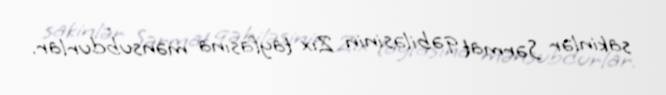
sakinlər Sərmat qəbiləsinin Zıx tayfasına mənsubdurlar.